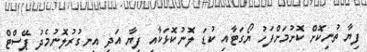
ފިޔާ ތުނިކޮށް ކޮށުމަށްފަހު ޔޯގަޓާއި ކުޑަ ލޮނުކޮޅަކާއި ފިޔާ އަދި އިނގުރުލޮނުމެދު ޕޭސްޓް